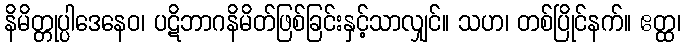
နိမိတ္တုပ္ပါဒေနေဝ၊ ပဋိဘာဂနိမိတ်ဖြစ်ခြင်းနှင့်သာလျှင်။ သဟ၊ တစ်ပြိုင်နက်။ ဧတ္ထ၊